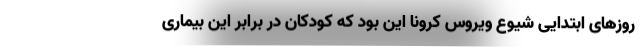
روزهای ابتدایی شیوع ویروس کرونا این بود که کودکان در برابر این بیماری